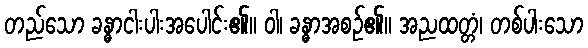
တည်သော ခန္ဓာငါးပါးအပေါင်း၏။ ဝါ၊ ခန္ဓာအစဉ်၏။ အညထတ္တံ၊ တစ်ပါးသော